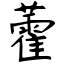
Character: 藿